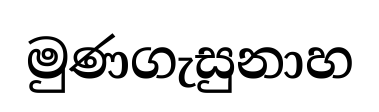
මුණගැසුනාහ